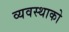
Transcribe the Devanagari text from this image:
व्यवस्थाको